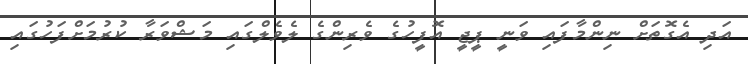
އަދި އެގޮތަށް ނިންމާފައި ވަނީ ޕީޖީ އޮފީހުގެ ވެރިންގެ ލެވެލްގައި މަޝްވަރާ ކުރުމަށްފަހުގައި